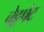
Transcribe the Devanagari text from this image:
चेट्टपेट